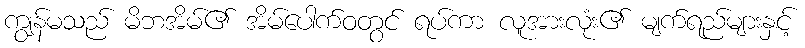
ကျွန်မသည် မိဘအိမ်၏ အိမ်ပေါက်ဝတွင် ရပ်ကာ လူအားလုံး၏ မျက်ရည်များနှင့်